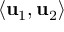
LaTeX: \langle \mathbf { u } _ { 1 } , \mathbf { u } _ { 2 } \rangle